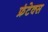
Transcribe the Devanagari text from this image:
फ्रंटेक्स